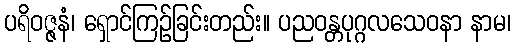
ပရိဝဇ္ဇနံ၊ ရှောင်ကြဉ်ခြင်းတည်း။ ပညဝန္တပုဂ္ဂလသေဝနာ နာမ၊